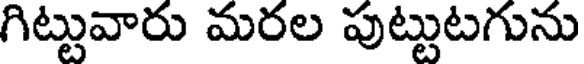
గిట్టువారు మరల పుట్టుటగును